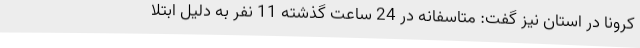
کرونا در استان نیز گفت: متاسفانه در 24 ساعت گذشته 11 نفر به دلیل ابتلا